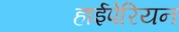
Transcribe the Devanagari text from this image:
हाईपेरियन